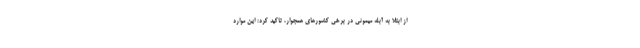
از ابتلا به آبله میمونی در برخی کشورهای همجوار، تاکید کرد: این موارد